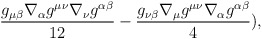
\begin{align*}\frac{g_{\mu\beta}\nabla_{\alpha}g^{\mu\nu}\nabla_{\nu}g^{\alpha\beta}}{12} -\frac{g_{\nu\beta}\nabla_{\mu}g^{\mu\nu}\nabla_{\alpha}g^{\alpha\beta}}{4}),\end{align*}